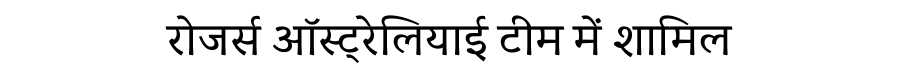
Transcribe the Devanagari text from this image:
रोजर्स ऑस्ट्रेलियाई टीम में शामिल